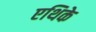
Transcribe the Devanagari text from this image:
एथिके